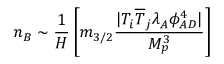
n _ { B } \sim \frac { 1 } { H } \left[ m _ { 3 / 2 } \frac { | T _ { i } \overline { { { T } } } _ { j } \lambda _ { A } \phi _ { A D } ^ { 4 } | } { M _ { p } ^ { 3 } } \right]